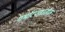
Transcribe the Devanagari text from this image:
गर्भारपणातील